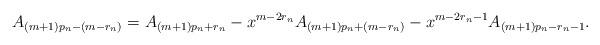
LaTeX: \begin{align*} A_{(m+1)p_n-(m-r_n)}=A_{(m+1)p_n+r_n}-x^{m-2r_n}A_{(m+1)p_n+(m-r_n)}-x^{m-2r_n-1}A_{(m+1)p_n-r_n-1}. \end{align*}